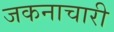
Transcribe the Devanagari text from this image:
जकनाचारी